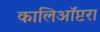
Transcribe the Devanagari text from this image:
कालिऑप्टरा